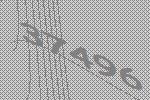
37496